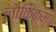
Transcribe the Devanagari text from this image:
लौकिकम्